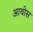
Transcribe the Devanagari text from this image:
आथोस